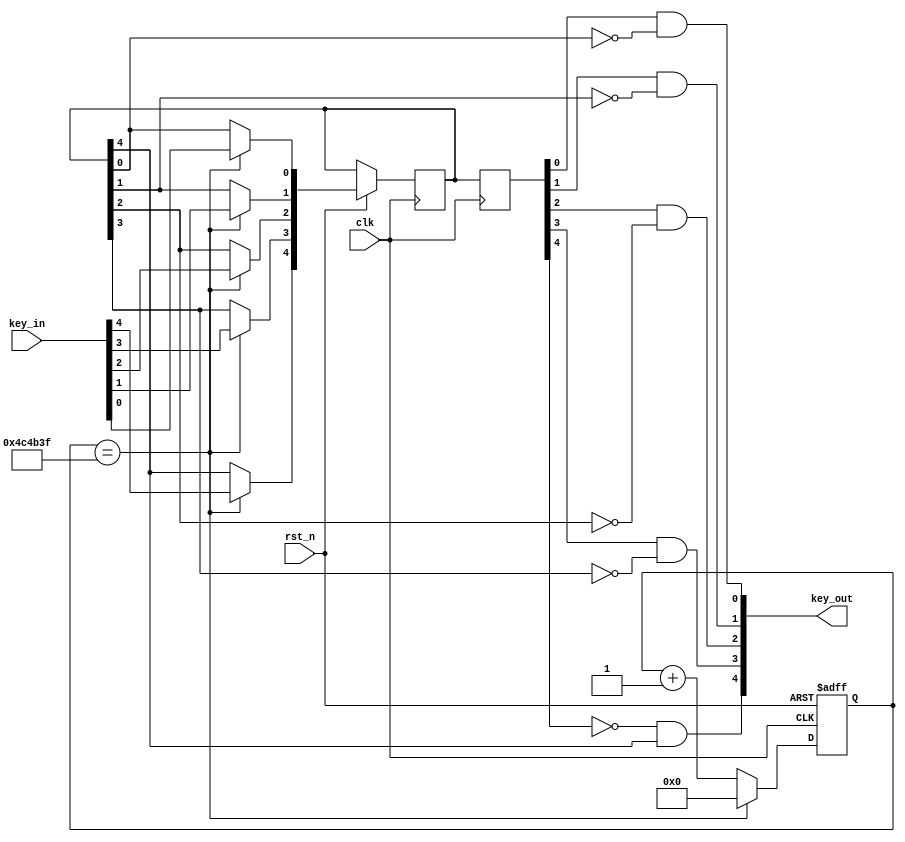
module key_scan(
	input							clk   ,       // 
	input							rst_n ,       // 

	
	input			[4:0]		   key_in,

	output      [4:0]	   	key_out
);
reg [23:0]		timer;
reg [4:0]		new_key;
reg [4:0]		last_key;
wire				flag_up;
reg[31:0]		count;

always @(posedge clk,negedge rst_n)
begin
	if(!rst_n)
	begin
		timer <=24'd0;
	end
	else if(timer == 24'd4_999999)
	begin	
		timer <=24'd0;
		new_key[0] <= key_in[0];
		new_key[1] <= key_in[1];
		new_key[2] <= key_in[2];
		new_key[3] <= key_in[3];
		new_key[4] <= key_in[4];
	end
	else	timer <= timer + 1'b1;
end
always @(posedge clk)
begin
	last_key[0] <= new_key[0];
	last_key[1] <= new_key[1];
	last_key[2] <= new_key[2];
	last_key[3] <= new_key[3];
	last_key[4] <= new_key[4];
end

assign			key_out[0] = (last_key[0])&~new_key[0];
assign			key_out[1] = (last_key[1])&~new_key[1];
assign			key_out[2] = (last_key[2])&~new_key[2];
assign			key_out[3] = (last_key[3])&~new_key[3];
assign			key_out[4] = (~last_key[4])&new_key[4];


endmodule